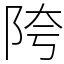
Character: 陓